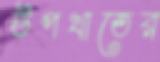
উপখাতের